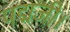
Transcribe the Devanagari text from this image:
पद्मजी।